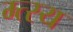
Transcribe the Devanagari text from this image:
म्त्स्य